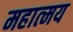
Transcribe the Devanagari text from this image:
महात्‍मय